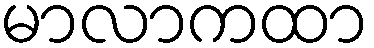
မာလာကထာ